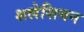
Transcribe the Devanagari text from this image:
शलेशियन